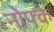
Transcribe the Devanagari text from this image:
नोफ्के